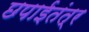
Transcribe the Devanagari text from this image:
छपाईतंत्र